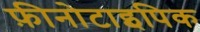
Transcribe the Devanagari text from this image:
फ़ीनोटाइपिक